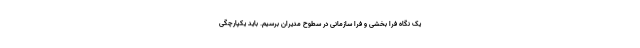
یک نگاه فرا بخشی و فرا سازمانی در سطوح مدیران برسیم. باید یکپارچگی